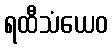
ရထီသံယေဝ